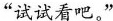
”试试看吧。”